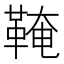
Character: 𩋊